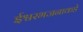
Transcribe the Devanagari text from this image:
ईश्वरभजनाकडे